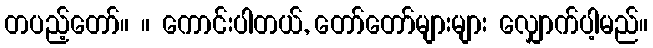
တပည့်တော်။ ။ ကောင်းပါတယ်, တော်တော်များများ လျှောက်ပါ့မည်။